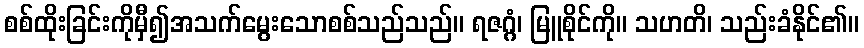
စစ်ထိုးခြင်းကိုမှီ၍အသက်မွေးသောစစ်သည်သည်။ ရဇဂ္ဂံ၊ မြူစိုင်ကို။ သဟတိ၊ သည်းခံနိုင်၏။